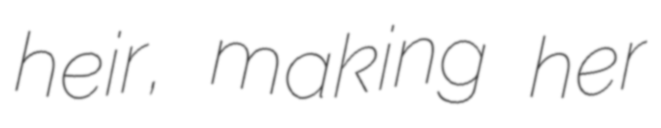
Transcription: heir, making her